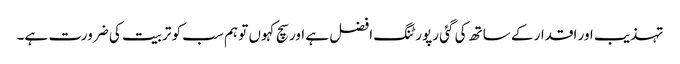
تہذیب اور اقدار کے ساتھ کی گئی رپورٹنگ افضل ہے اور سچ کہوں تو ہم سب کو تربیت کی ضرورت ہے۔